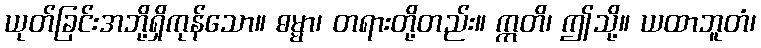
ယုတ်ခြင်းအဘို့ရှိကုန်သော။ ဓမ္မာ၊ တရားတို့တည်း။ ဣတိ၊ ဤသို့။ ယထာဘူတံ၊